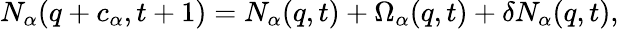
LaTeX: N_{\alpha}({q}+{c}_{\alpha},t+1)=N_{\alpha}({q},t)+\Omega_{\alpha}({q},t)+\delta N_{\alpha}({q},t),